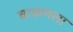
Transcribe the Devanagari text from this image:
चाकणला